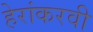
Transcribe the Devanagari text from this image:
हेरांकरवी